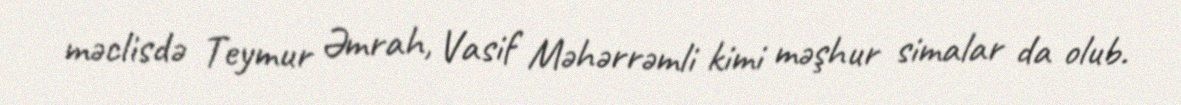
məclisdə Teymur Əmrah, Vasif Məhərrəmli kimi məşhur simalar da olub.